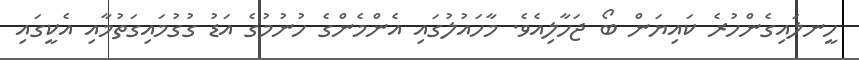
ހީނލައިގެންހުރެ ކައިޔަން ބޯ ޖަހާލިއެވެ. މާހައުލުގައި އެންމެންގެ ހުނުމުގެ އަޑު ގުގުމައިގަތުމާއި އެކީގައި